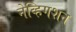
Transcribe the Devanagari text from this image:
नेव्हिगशन